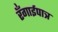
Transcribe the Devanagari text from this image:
रँगाईपात्र